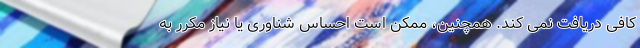
کافی دریافت نمی کند. همچنین، ممکن است احساس شناوری یا نیاز مکرر به